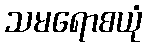
သမရောစယုံ